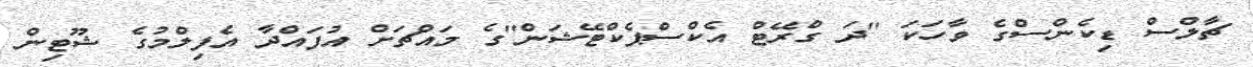
ޗާލްސް ޑިކެންސްގެ ވާހަކަ ''ދަ ގްރޭޓް އެކްސްޕެކްޓޭޝަން''ގެ މައްޗަށް އުފައްދާ އެފިލްމުގެ ޝޫޓިން